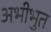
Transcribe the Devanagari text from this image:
अभीभुत